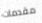
مقدمات